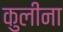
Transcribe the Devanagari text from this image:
कुलीना